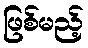
ဖြစ်မည့်